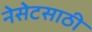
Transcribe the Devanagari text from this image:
नेसेटसाठी